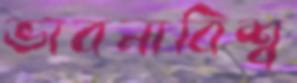
ভাবনাবিশ্ব